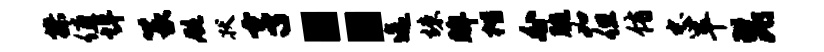
操值埠篆航状亨：迄竦眸楷外腕如但侑忠平琵